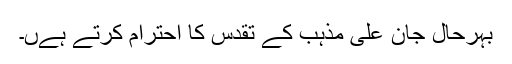
بہرحال جان علی مذہب کے تقدس کا احترام کرتے ہےں۔